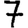
Digit: 7